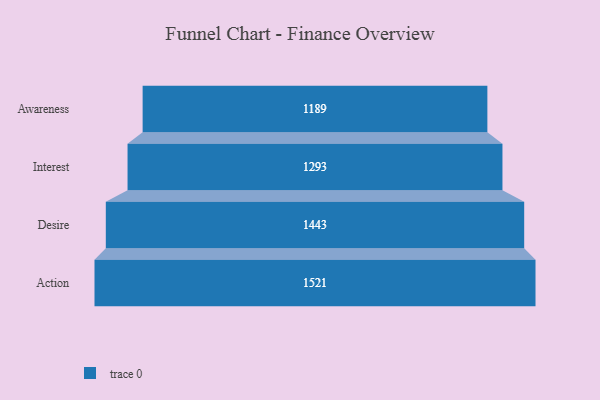
{"axis": {"x": "Stage", "y": "Value"}, "legend": [""], "data": [{"x": "Awareness", "y": 1189.0, "type": ""}, {"x": "Interest", "y": 1293.0, "type": ""}, {"x": "Desire", "y": 1443.0, "type": ""}, {"x": "Action", "y": 1521.0, "type": ""}]}